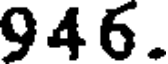
946.